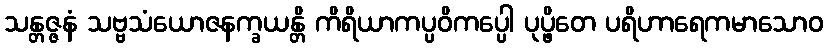
သန္တဇ္ဇနံ သဗ္ဗသံယောဇနက္ခယန္တိ ကိရိယာကပ္ပဝိကပ္ပေါ ပုပ္ဖိတေ ပရိဟာရေကမာသောဝ